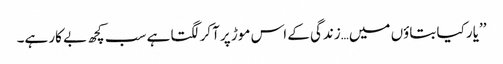
’’یار کیا بتاؤں میں…زندگی کے اس موڑ پر آکر لگتا ہے سب کچھ بے کار ہے۔